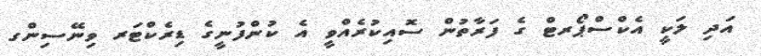
އަދި ލަކީ އެކްސްޕޯރޓް ގެ ފަރާތުން ސޮއިކުރެއްވީ އެ ކުންފުނީގެ ޑިރެކްޓަރ ވިނޭސިންގ